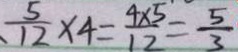
\frac { 5 } { 1 2 } \times 4 = \frac { 4 \times 5 } { 1 2 } = \frac { 5 } { 3 }